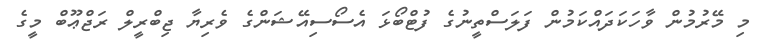
މި މޭރުމުން ވާހަކަދައްކަމުން ފަލަސްތީނުގެ ފުޓްބޯޅަ އެސޯސިއޭޝަންގެ ވެރިޔާ ޖިބްރީލް ރަޖްޢޫބް މީގެ